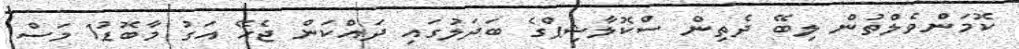
ކޮމަންވެލްތުން ލިބޭ ދެތިން ސްކޮލާޝިޕްގެ ބަދަލުގައި ދައްކަން ޖެހޭ އަގު މާބޮޑު1 މަސް